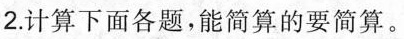
2.计算下面各题，能简算的要简算。